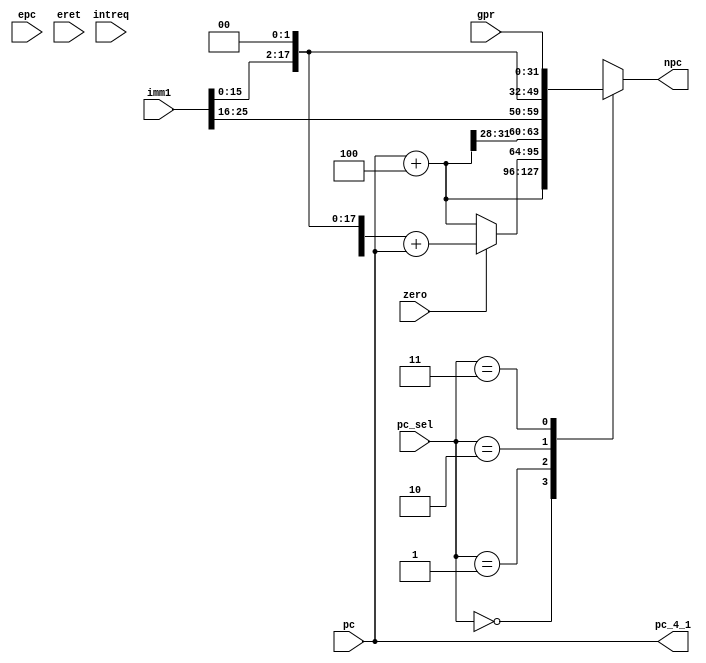
module npc(
input [25:0]imm1,
input [31:0]pc,
input [31:0]gpr,
output reg [31:0]npc,
output reg [31:0]pc_4_1,
input [1:0]pc_sel,
input zero,
input intreq,
input [31:0]epc,
input eret
);
reg [15:0]imm;
reg [31:0]pc_4;
initial begin
npc=32'h00003000;
end

always @(*)begin
imm = {imm1[15:0]};
pc_4 = pc+4;
pc_4_1 = pc;
if(intreq)begin
npc = 32'h00004180;
end
else if(eret==1) npc = epc;
case(pc_sel)
2'b00:begin
npc=pc_4;
end
2'b01:begin
if(zero) npc={{14{imm[15]}},imm[15:0],{2'b00}}+pc;
else npc=pc_4;
end
2'b10:begin
npc={pc_4[31:28],imm1[25:0],{2'b00}};
end
2'b11:begin
npc=gpr;
end
default:npc=pc_4;

endcase
end


endmodule